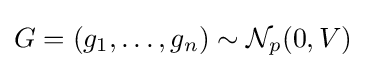
G=(g_{1},\dots ,g_{n})\sim {\mathcal {N}}_{p}(0,V)